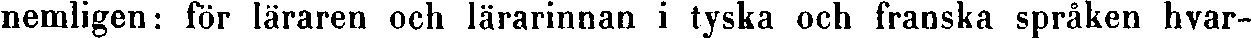
nemligen: för läraren och lärarinnan i tyska och franska språken hvar-